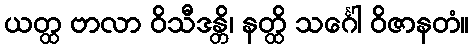
ယတ္ထ ဗာလာ ဝိသီဒန္တိ၊ နတ္ထိ သင်္ဂေါ ဝိဇာနတံ။